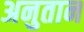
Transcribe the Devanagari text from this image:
अनुतान